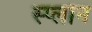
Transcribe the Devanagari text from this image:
स्प्लोन